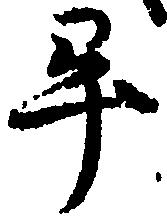
畢